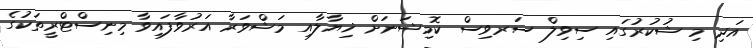
އަދި މި ޝުކުރުގައި ސިވިލް ސަރވިސް ކޮމިޝަނަށް ޚިޔާލާއި މަޝްވަރާ އަރުވާފައިވާ މިނިސްޓްރީތަކުގެ